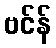
ဗင်န်